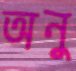
অনু